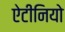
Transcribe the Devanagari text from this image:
ऐटीनियो